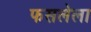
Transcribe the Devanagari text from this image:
फसलेला